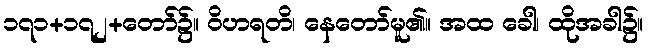
၁၇၁+၁၇၂+တော်၌။ ဝိဟရတိ၊ နေတော်မူ၏။ အထ ခေါ၊ ထိုအခါ၌။